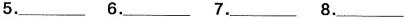
5.___6.___7.___8.___